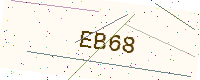
Text: EB68